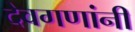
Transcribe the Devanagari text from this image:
देवगणांनी